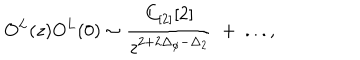
O ^ { L } ( z ) O ^ { L } ( 0 ) \sim { \frac { C _ { [ 2 ] } [ 2 ] } { z ^ { 2 + 2 \Delta _ { \phi } - \Delta _ { 2 } } } } ~ + ~ . . . ,